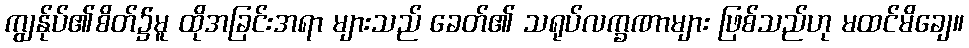
ကျွန်ုပ်၏စိတ်၌မူ ထိုအခြင်းအရာ များသည် ခေတ်၏ သရုပ်လက္ခဏာများ ဖြစ်သည်ဟု မထင်မိချေ။